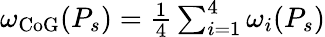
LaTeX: \begin{array}{r}{\omega_{\mathrm{CoG}}(P_{s})=\frac{1}{4}\sum_{i=1}^{4}\omega_{i}(P_{s})}\end{array}